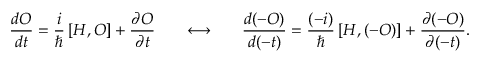
\frac { d { \cal O } } { d t } = \frac { i } { \hbar } \left[ { \cal H } , { \cal O } \right] + \frac { \partial { \cal O } } { \partial t } \ \ \ \ \ \longleftrightarrow \ \ \ \ \ \frac { d ( - { \cal O } ) } { d ( - t ) } = \frac { ( - i ) } { \hbar } \left[ { \cal H } , ( - { \cal O } ) \right] + \frac { \partial ( - { \cal O } ) } { \partial ( - t ) } .